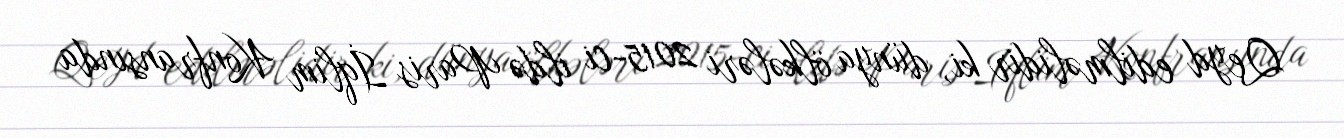
Qeyd edilməlidir ki, dünya ölkələri 2015-ci ildə Paris İqlim Konfransında